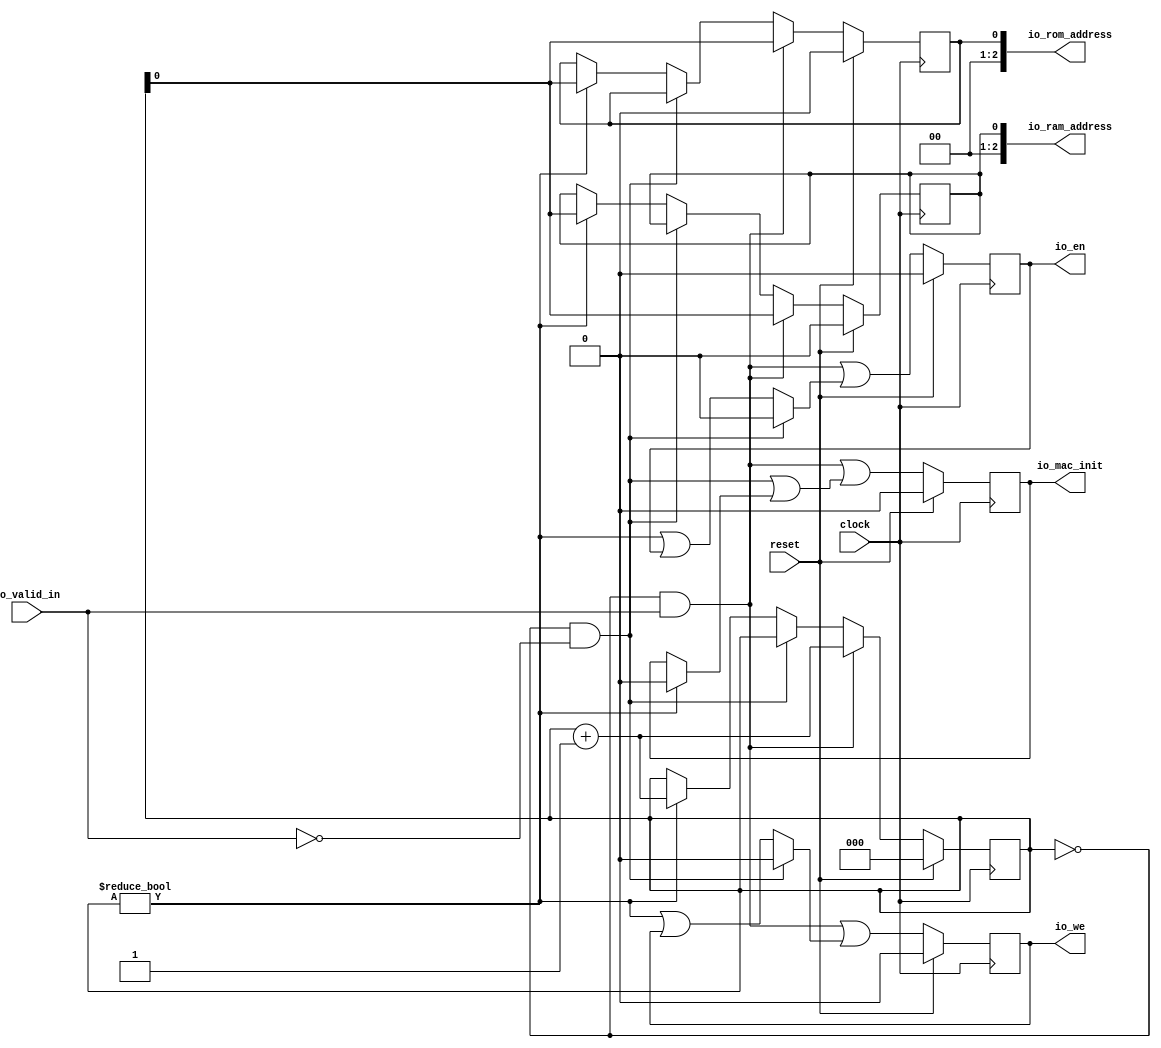
module counter(
  input        clock,
  input        reset,
  input        io_valid_in,
  output [2:0] io_rom_address,
  output [2:0] io_ram_address,
  output       io_mac_init,
  output       io_we,
  output       io_en
);
  reg [2:0] counter; // @[counter.scala 17:24]
  reg  ent; // @[counter.scala 19:20]
  reg  wet; // @[counter.scala 20:20]
  reg  mac_initt; // @[counter.scala 21:26]
  reg  rom_addresst; // @[counter.scala 22:29]
  reg  ram_addresst; // @[counter.scala 23:29]
  wire  _T = counter == 3'h0; // @[counter.scala 29:16]
  wire [2:0] _counter_T_1 = counter + 3'h1; // @[counter.scala 35:24]
  wire  _GEN_0 = counter != 3'h0 | ent; // @[counter.scala 19:20 40:31 41:9]
  wire  _GEN_1 = counter != 3'h0 | wet; // @[counter.scala 20:20 40:31 42:9]
  wire  _GEN_2 = counter != 3'h0 ? 1'h0 : mac_initt; // @[counter.scala 40:31 43:15 21:26]
  wire [2:0] _GEN_3 = counter != 3'h0 ? counter : {{2'd0}, rom_addresst}; // @[counter.scala 40:31 44:18 22:29]
  wire [2:0] _GEN_4 = counter != 3'h0 ? counter : {{2'd0}, ram_addresst}; // @[counter.scala 40:31 45:18 23:29]
  wire  _GEN_6 = _T & ~io_valid_in ? 1'h0 : _GEN_0; // @[counter.scala 36:54 37:9]
  wire  _GEN_7 = _T & ~io_valid_in ? 1'h0 : _GEN_1; // @[counter.scala 36:54 38:9]
  wire  _GEN_8 = _T & ~io_valid_in | _GEN_2; // @[counter.scala 36:54 39:15]
  wire [2:0] _GEN_9 = _T & ~io_valid_in ? {{2'd0}, rom_addresst} : _GEN_3; // @[counter.scala 22:29 36:54]
  wire [2:0] _GEN_10 = _T & ~io_valid_in ? {{2'd0}, ram_addresst} : _GEN_4; // @[counter.scala 23:29 36:54]
  wire  _GEN_12 = counter == 3'h0 & io_valid_in | _GEN_6; // @[counter.scala 29:48 30:9]
  wire  _GEN_13 = counter == 3'h0 & io_valid_in | _GEN_7; // @[counter.scala 29:48 31:9]
  wire  _GEN_14 = counter == 3'h0 & io_valid_in | _GEN_8; // @[counter.scala 29:48 32:15]
  wire [2:0] _GEN_15 = counter == 3'h0 & io_valid_in ? counter : _GEN_9; // @[counter.scala 29:48 33:18]
  wire [2:0] _GEN_16 = counter == 3'h0 & io_valid_in ? counter : _GEN_10; // @[counter.scala 29:48 34:18]
  wire [2:0] _GEN_18 = reset ? 3'h0 : _GEN_15; // @[counter.scala 22:{29,29}]
  wire [2:0] _GEN_19 = reset ? 3'h0 : _GEN_16; // @[counter.scala 23:{29,29}]
  assign io_rom_address = {{2'd0}, rom_addresst}; // @[counter.scala 27:18]
  assign io_ram_address = {{2'd0}, ram_addresst}; // @[counter.scala 28:18]
  assign io_mac_init = mac_initt; // @[counter.scala 26:15]
  assign io_we = wet; // @[counter.scala 25:9]
  assign io_en = ent; // @[counter.scala 24:9]
  always @(posedge clock) begin
    if (reset) begin // @[counter.scala 17:24]
      counter <= 3'h0; // @[counter.scala 17:24]
    end else if (counter == 3'h0 & io_valid_in) begin // @[counter.scala 29:48]
      counter <= _counter_T_1; // @[counter.scala 35:13]
    end else if (!(_T & ~io_valid_in)) begin // @[counter.scala 36:54]
      if (counter != 3'h0) begin // @[counter.scala 40:31]
        counter <= _counter_T_1; // @[counter.scala 46:13]
      end
    end
    if (reset) begin // @[counter.scala 19:20]
      ent <= 1'h0; // @[counter.scala 19:20]
    end else begin
      ent <= _GEN_12;
    end
    if (reset) begin // @[counter.scala 20:20]
      wet <= 1'h0; // @[counter.scala 20:20]
    end else begin
      wet <= _GEN_13;
    end
    if (reset) begin // @[counter.scala 21:26]
      mac_initt <= 1'h0; // @[counter.scala 21:26]
    end else begin
      mac_initt <= _GEN_14;
    end
    rom_addresst <= _GEN_18[0]; // @[counter.scala 22:{29,29}]
    ram_addresst <= _GEN_19[0]; // @[counter.scala 23:{29,29}]
  end
endmodule